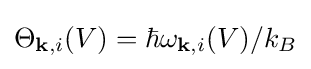
{\textstyle \Theta _{\mathbf {k} ,i}(V)=\hbar \omega _{\mathbf {k} ,i}(V)/k_{B}}